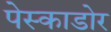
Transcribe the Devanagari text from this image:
पेस्काडोर